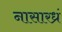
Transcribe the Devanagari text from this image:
नासारध्रं